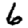
Digit: 6